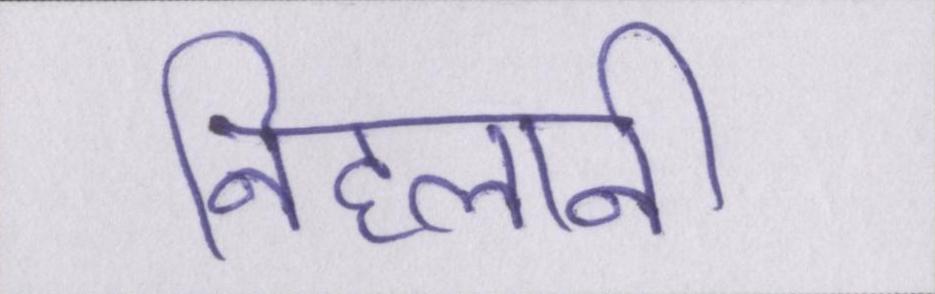
निहलानी